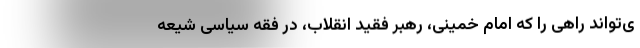
ی‌تواند راهی را که امام خمینی، رهبر فقید انقلاب، در فقه سیاسی شیعه